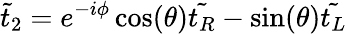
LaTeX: {\tilde{t}}_{2}=e^{-i\phi}\cos(\theta){\tilde{t_{R}}}-\sin(\theta){\tilde{t_{L}}}